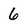
Character: 6